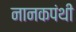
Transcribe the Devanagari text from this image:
नानकपंथी